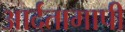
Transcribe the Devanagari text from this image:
आर्दतामापी